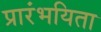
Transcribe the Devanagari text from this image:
प्रारंभयिता